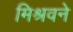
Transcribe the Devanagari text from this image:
मिश्रवने